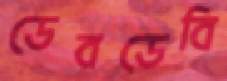
ডেবডেবি